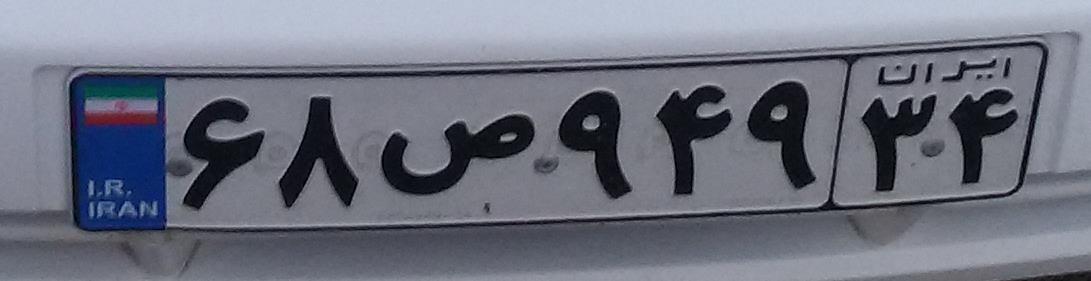
۶۸ص۹۴۹۳۴